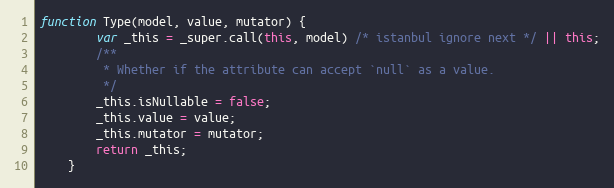
Language: JavaScript
function Type(model, value, mutator) {
        var _this = _super.call(this, model) /* istanbul ignore next */ || this;
        /**
         * Whether if the attribute can accept `null` as a value.
         */
        _this.isNullable = false;
        _this.value = value;
        _this.mutator = mutator;
        return _this;
    }